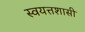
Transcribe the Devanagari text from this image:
स्वयत्तशासी